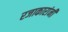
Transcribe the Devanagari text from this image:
रजाकारांनी